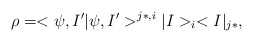
\begin{align*}\rho =<\psi,I'|\psi,I'>^{j*,i}|I>_{i}<I|_{j*},\end{align*}